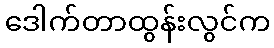
ဒေါက်တာထွန်းလွင်က